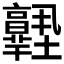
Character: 𡔊